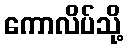
ကောလိပ်သို့